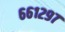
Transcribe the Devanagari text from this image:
६६१२९७